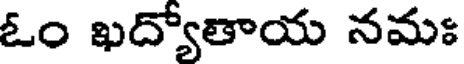
ఓం ఖద్యోతాయ నమః